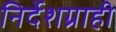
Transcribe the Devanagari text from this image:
निर्देशग्राही